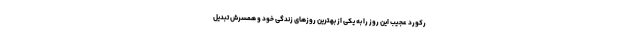
رکورد عجیب این روز را به یکی از بهترین روز‌های زندگی خود و همسرش تبدیل